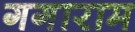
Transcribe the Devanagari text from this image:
गगाराम